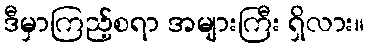
ဒီမှာကြည့်စရာ အများကြီး ရှိလား။